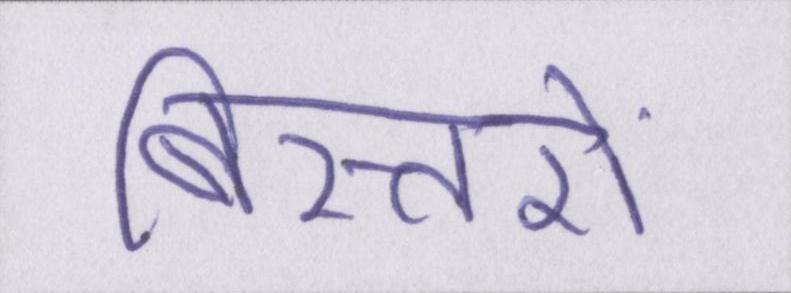
बिस्तरों